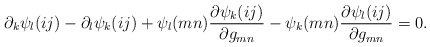
\begin{align*}\partial_k\psi_l(ij)-\partial_l\psi_k(ij)+\psi_l(mn)\frac{\partial \psi_k(ij)}{\partial g_{mn}}-\psi_k(mn)\frac{\partial \psi_l(ij)}{\partial g_{mn}}=0.\end{align*}